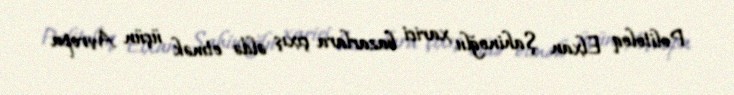
Politoloq Elxan Şahinoğlu xarici bazarlara çıxış əldə etmək üçün Avropa